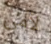
لأمى